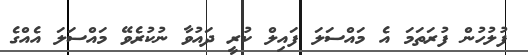
ފުލުހުން ފުރަތަމަ އެ މައްސަލަ ފައިލް ކުރީ ދައުވާ ނުކުރެވޭ މައްސަލަ އެއްގެ